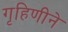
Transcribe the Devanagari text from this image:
गृहिणीने